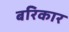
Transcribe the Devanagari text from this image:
बरिकार